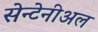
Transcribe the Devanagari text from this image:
सेन्टेनीअल